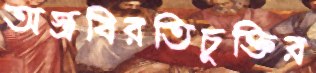
অস্ত্রবিরতিচুক্তির